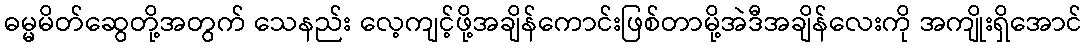
ဓမ္မမိတ်ဆွေတို့အတွက် သေနည်း လေ့ကျင့်ဖို့အချိန်ကောင်းဖြစ်တာမို့အဲဒီအချိန်လေးကို အကျိုးရှိအောင်